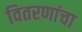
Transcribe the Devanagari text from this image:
वितरणांचा